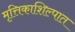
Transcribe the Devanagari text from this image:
मृत्तिकाशिल्पात